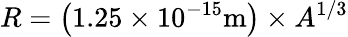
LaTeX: R=\left(1.25\times 10^{-15}\mathrm{m}\right)\times A^{1/3}